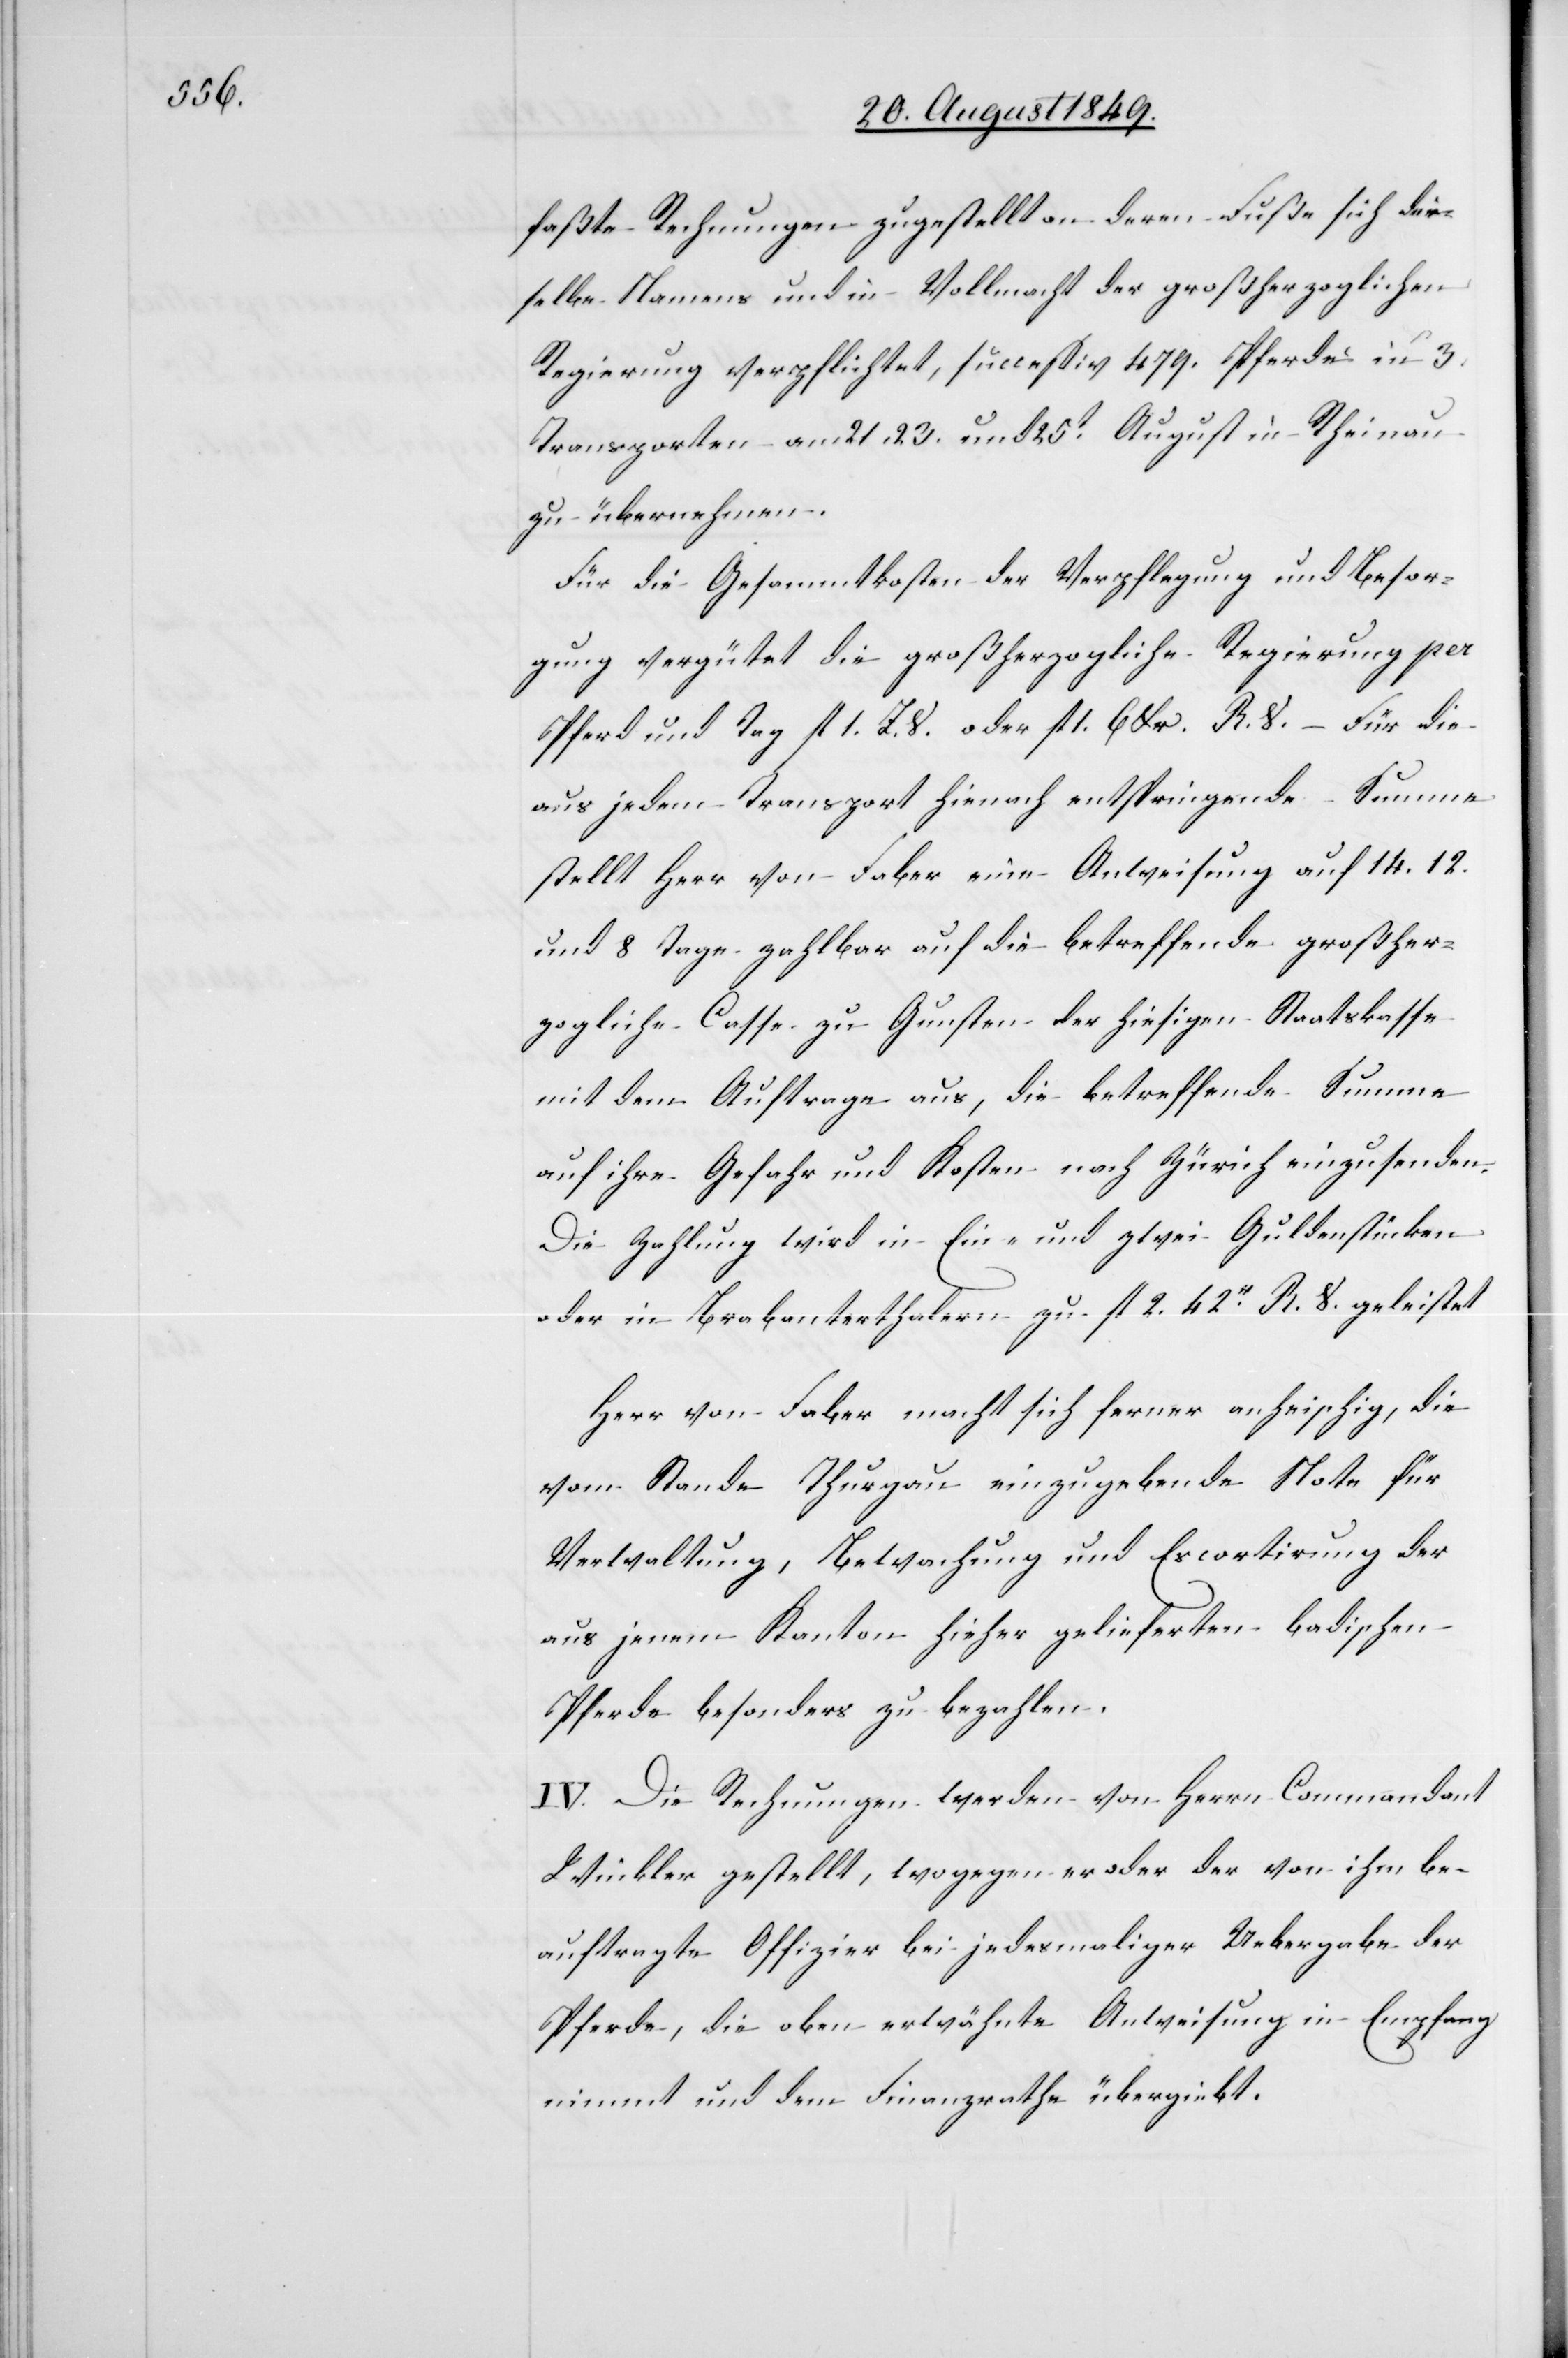
faßte Rechnungen zugestellt an deren Fuße sich der¬
selbe Namens und in Vollmacht der großherzoglichen
Regierung verpflichtet, successiv 479. Pferde in 3.
Transporten am 21. 23. und 25t August in Rheinau
zu übernehmen.
Für die Gesammtkosten der Verpflegung und Besor¬
gung vergütet die großherzogliche Regierung per
Pferd und Tag fl. 1. Z. V. oder fl. 6 lbr. R. V. – Für die
aus jedem Transport hienach entspringende Summe
stellt Herr von Faber eine Anweisung auf 14. 12.
und 8 Tage zahlbar auf die betreffende großher¬
zogliche Casse zu Gunsten der hiesigen Staatskasse
mit dem Auftrage aus, die betreffende Summe
auf ihre Gefahr und Kosten nach Zürich einzusenden.
Die Zahlung wird in Ein- und zwei Guldenstücken
oder in Brabanterthalern zu fl. 2. 42r R. V. geleistet
Herr von Faber macht sich ferner anheischig, die
vom Stande Thurgau einzugebende Note für
Verwaltung, Bewachung und Escortirung der
aus jenem Kanton hieher gelieferten badischen
Pferde besonders zu bezahlen.
IV. Die Rechnungen werden von Herrn Commandant
Winkler gestellt, wogegen er oder der von ihm be¬
auftragte Offizier bei jedesmaliger Uebergabe der
Pferde, die oben erwähnte Anweisung in Empfang
nimmt und dem Finanzrathe übergiebt.